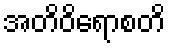
အတိဝိရောစတိ